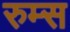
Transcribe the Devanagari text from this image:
रुम्स